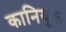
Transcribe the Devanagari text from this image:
कानियुक